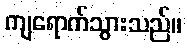
ကျရောက်သွားသည်။